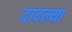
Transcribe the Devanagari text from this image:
दादल्या